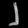
Digit: ၂